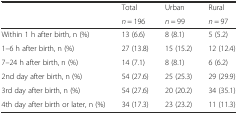
| <ROWSPAN=2>  | Total | Urban | Rural |
 | n = 196 | n = 99 | n = 97 |
 | --- | --- | --- | --- |
 | Within 1 h after birth, n (%) | 13 (6.6) | 8 (8.1) | 5 (5.2) |
 | 1–6 h after birth, n (%) | 27 (13.8) | 15 (15.2) | 12 (12.4) |
 | 7–24 h after birth, n (%) | 14 (7.1) | 8 (8.1) | 6 (6.2) |
 | 2nd day after birth, n (%) | 54 (27.6) | 25 (25.3) | 29 (29.9) |
 | 3rd day after birth, n (%) | 54 (27.6) | 20 (20.2) | 34 (35.1) |
 | 4th day after birth or later, n (%) | 34 (17.3) | 23 (23.2) | 11 (11.3) |